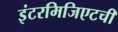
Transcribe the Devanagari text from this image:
इंटरमिजिएटची